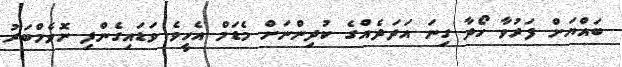
ބައްޔަށް ފަރުވާ ހޯދާ ގިނަ އަދަދެއްގެ ކުދިންނަށް މެޑަމް އެހީވެ ވަޑައިގެންފި ނޮވެމްބަރު